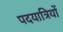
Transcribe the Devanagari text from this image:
पदयात्रियों